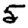
Digit: 5